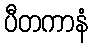
ပီတကာနံ